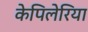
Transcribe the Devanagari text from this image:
केपिलेरिया